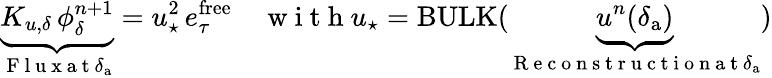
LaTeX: \underbrace{K_{u,\delta}\, {\phi}_{\delta}^{n+1}}_{\mathrm{~F~l~u~x~a~t~}\delta_{\mathrm{a}}}=u_{\star}^{2}\, e_{\tau}^{\mathrm{free}}\quad\mathrm{~w~i~t~h~}u_{\star}=\mathrm{BULK}(\underbrace{u^{n}(\delta_{\mathrm{a}})}_{\mathrm{~R~e~c~o~n~s~t~r~u~c~t~i~o~n~a~t~}\delta_{\mathrm{a}}})